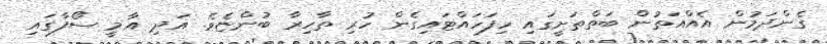
ގެންދަމުން އެއްއަތުން ބަތްތަށީގައި ހިފަހައްޓައިގެން ހުރި ތާހިރާ ބުންޏެވެ. އަދި އާމީ ސޯފާގައި